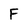
Character: F